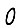
Digit: 0